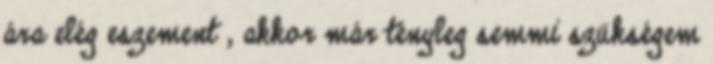
ára elég eszement , akkor már tényleg semmi szükségem